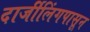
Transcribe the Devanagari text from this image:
दार्जीलिंगपासून